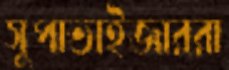
সুপাভাইজাররা